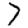
Digit: 7